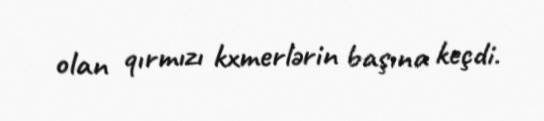
olan qırmızı kxmerlərin başına keçdi.